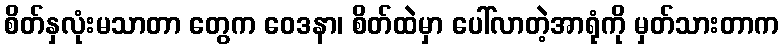
စိတ်နှလုံးမသာတာ တွေက ဝေဒနာ၊ စိတ်ထဲမှာ ပေါ်လာတဲ့အာရုံကို မှတ်သားတာက